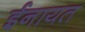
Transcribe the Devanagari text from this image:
ईनायत